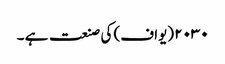
۲۰۳۰ (یواف) کی صنعت ہے ۔